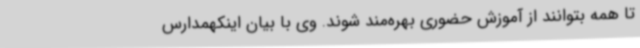
تا همه بتوانند از آموزش حضوری بهره‌مند شوند. وی با بیان اینکهمدارس